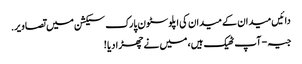
دائیں میدان کے میدان کی اپلوسٹون پارک سیکشن میں تصاویر.
جیہ - آپ ٹھیک ہیں، میں نے چھڑا دیا !